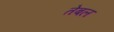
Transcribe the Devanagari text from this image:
तेबल